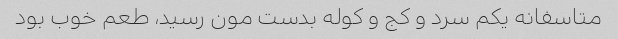
متاسفانه یکم سرد و کج و کوله بدست مون رسید، طعم خوب بود